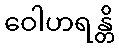
ဝေါဟရန္တိ